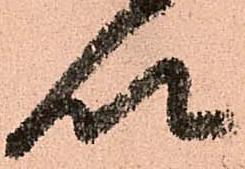
以